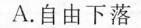
A.自由下落